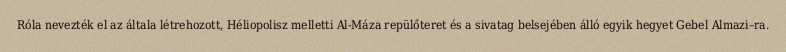
Róla nevezték el az általa létrehozott, Héliopolisz melletti Al-Máza repülőteret és a sivatag belsejében álló egyik hegyet Gebel Almazi–ra.